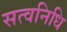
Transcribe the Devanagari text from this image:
सत्वनिधि